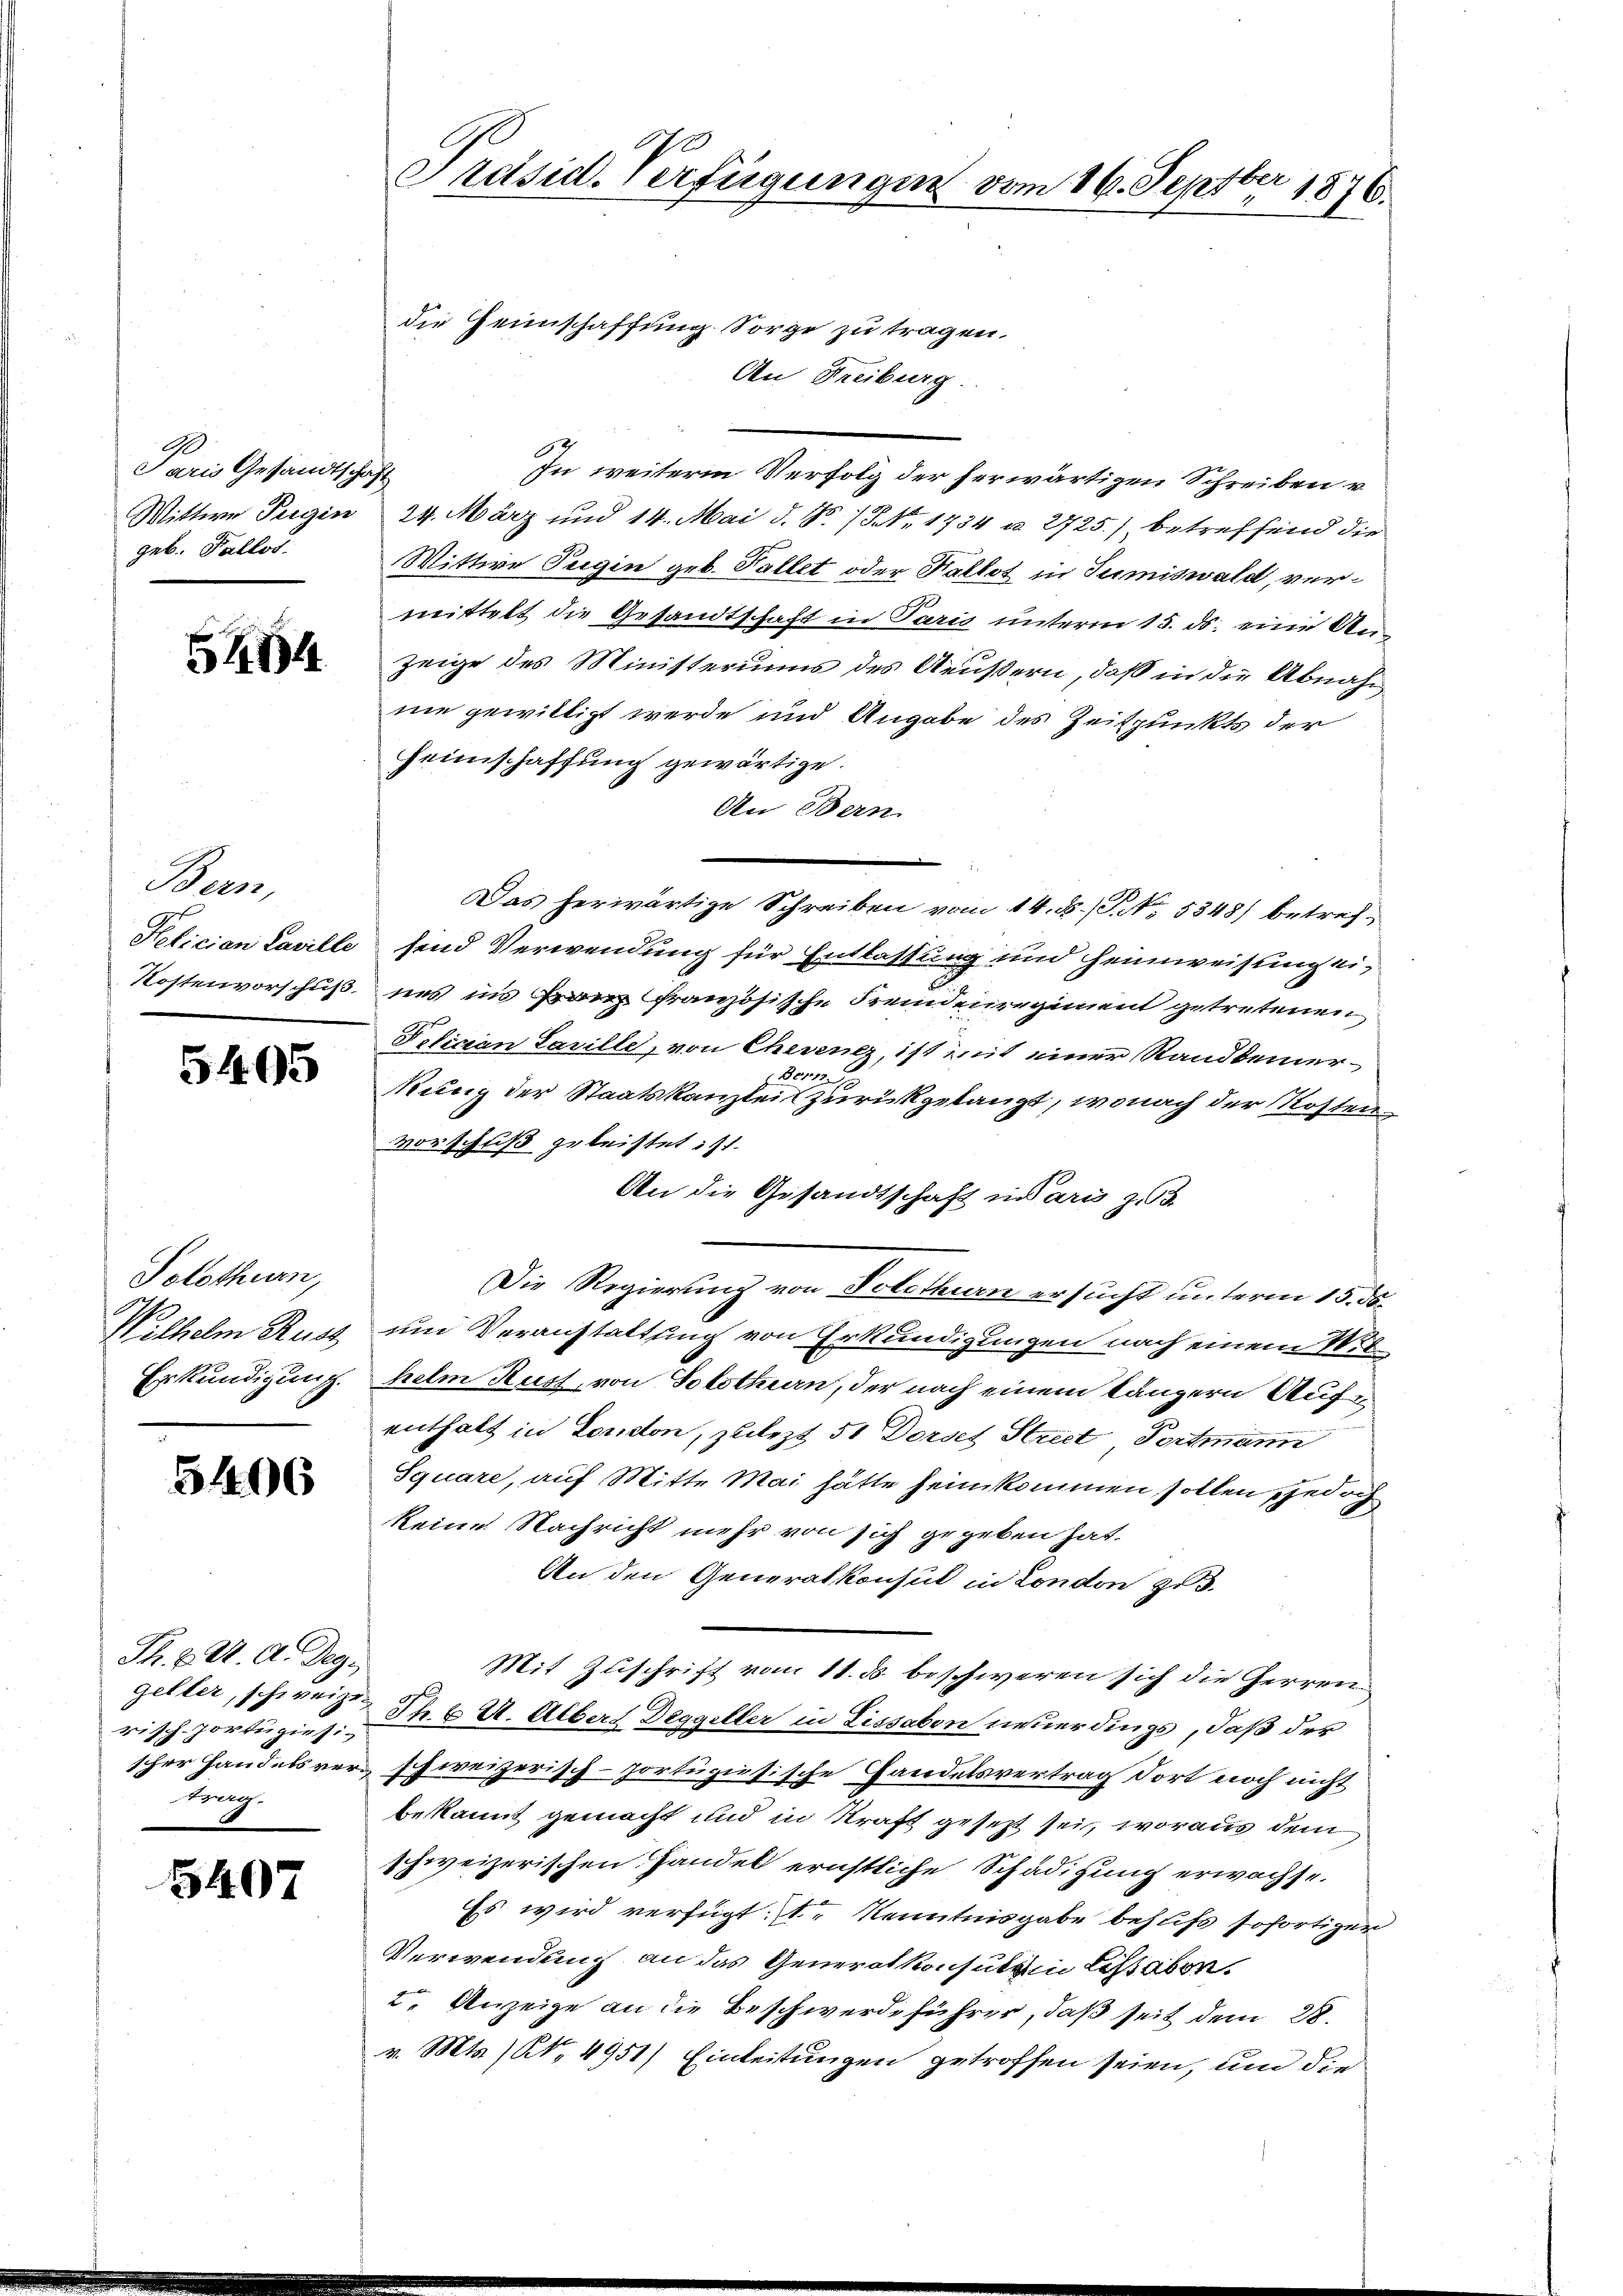
9
Paris Gesandtschaft
geb. Fallos.

5494

Bern,

5405

Solothurn,
Wilhelm Rust
Erkundigung.

3406

Th. E. W. A. Deg.
gelter, schweize
trag.

5407

die Heinschaffung Sorge zu tragen.
An Freiburg.
In weiterm Verfolg der herwärtigen Schreiben v.
Wittwe Seegen 24. März und 14. Mai d. No. 7. No. 1734 u. 2725.) betreffend die
Wittwe Tugin geb. Tallet oder Kallot in Sumiswald, vermittelt die Gesandtschaft in Paris unterm 15. ds. eine Anzeige des Ministeriums des Aeußern, daß in die Abnahnie gewilligt werde und Angabe des Zeitpunkts der
Heimschaffung gewärtige.
An Bern.
Das herwärtige Schreiben vom 14. ds. (T. No. 5348) betref¬
Refician Laville send Verwendung für Entlassung und Heimweisung ei¬
Kostenvorschuß, uns ins Franz französische Fremdenregiment getretenen
Felician Laville, von Cherenz, ist mit einer Randbemer¬
Bern
kung der Staatskanzlei zurückgelangt, wonach der Kosten
vorschuß geleistet ist.
An die Gesandtschaft in daris zu
Die Regierung von Solothurn ersucht unterm 15. ds.
um Veranstattung von Erkundigungen nach einem Wit
helm Kust, von Solothurn, der nach einem längern Aufenthalt in London, zulezt 51 Dorses Strict Portmann
Square, auf Mitte Mai hätte heimkommen sollen jedoch
keine Nachricht mehr von sich gegeben hat.
An den Generalkonsul in London zu
Mit Zuschrift vom 11. ds beschweren sich die Herren
risch-Portugies. S. 6 U. Albert Deggeller in Lissabon neuerdings, daß der
scher Handelsverschweizerisch-portugisische Handelsvertrag dort noch nicht
bekannt gemacht und in Kraft gesezt sei, woraus dem
schweizerischen Handel ernstliche Schädigung erwachse.
Es wird verfügt: 1., Kenntnisgabe behufs sofortiger
Verwendung an das Generalkonsulein letzt aber¬
2. Anzeige an die Beschwerdeführer, daß seit dem 28.
v. Mts. No. 4951) Einleitungen getroffen seien, um die

Präsid. Verfügungen vom 16. Septber 1876.